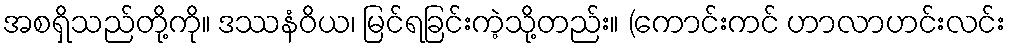
အစရှိသည်တို့ကို။ ဒဿနံဝိယ၊ မြင်ရခြင်းကဲ့သို့တည်း။ (ကောင်းကင် ဟာလာဟင်းလင်း